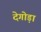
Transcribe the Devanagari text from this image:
देगोड़ा